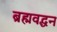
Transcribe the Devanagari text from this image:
ब्रह्मवद्धन